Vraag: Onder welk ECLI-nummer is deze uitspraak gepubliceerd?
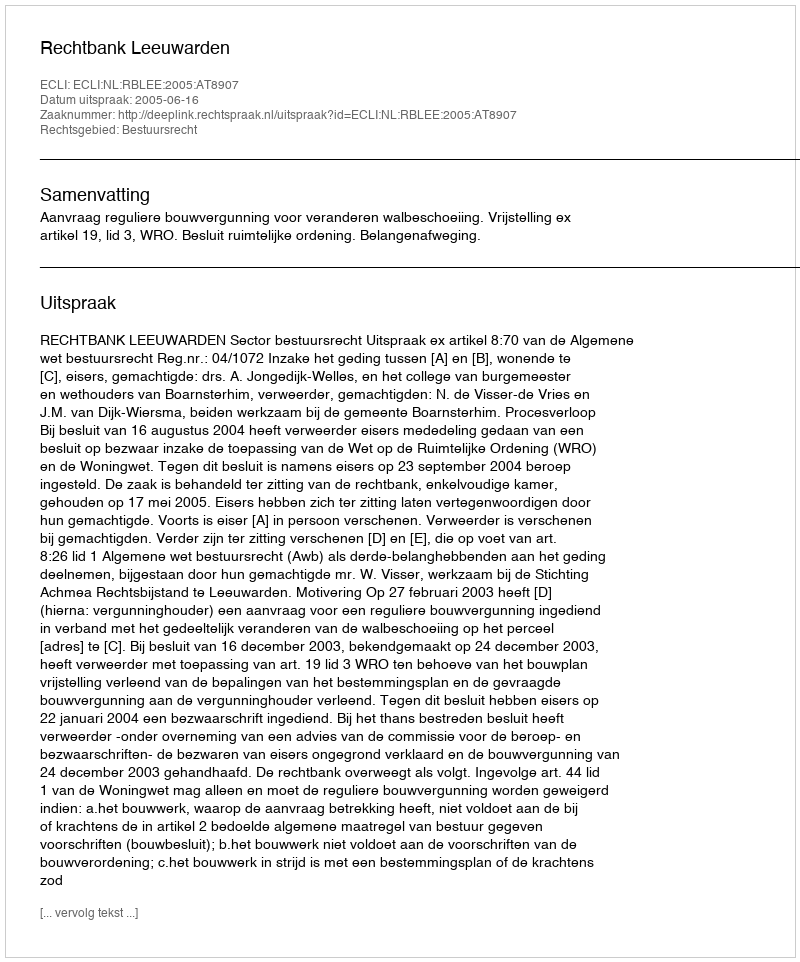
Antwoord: ECLI:NL:RBLEE:2005:AT8907